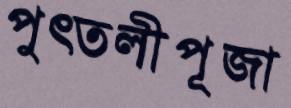
পুত্তলীপূজা